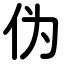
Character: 伪